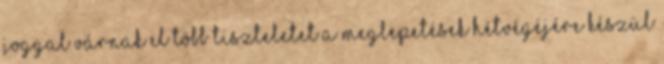
joggal várnak el több tiszteletet A meglepetések hétvégéjére készül